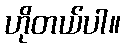
ဟိုတယ်ပါ။